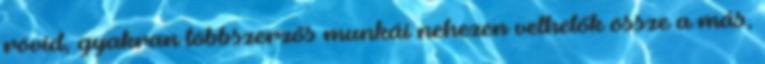
rövid, gyakran többszerzős munkái nehezen vethetők össze a más,